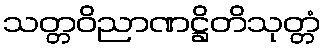
သတ္တဝိညာဏဋ္ဌိတိသုတ္တံ